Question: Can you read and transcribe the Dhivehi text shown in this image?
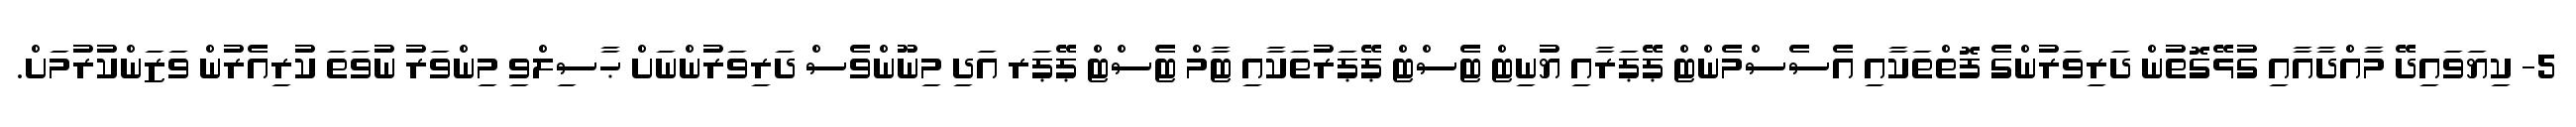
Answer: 5- ކިޔަވައިދޭ މާއްދާއާއި ގުޅޭގޮތުން ދަރިވަރުންގެ ފޮތްތަކާއި އެސެސްމެންޓް ޕޭޕަރާއި ޔުނިޓް ޓެސްޓް ޕޭޕަރުތަކާއި ޓާމް ޓެސްޓް ޕޭޕަރ އަދި މިނޫންވެސް ދަރިވަރުންނަށް ޙާސިލްވި މިންވަރު ނުވަތަ ކުރިއެރުން ވަޒަންކުރުމަށް.